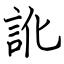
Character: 訛